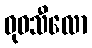
ဓုဝသီလော